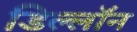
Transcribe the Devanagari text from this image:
डिल्लॉन